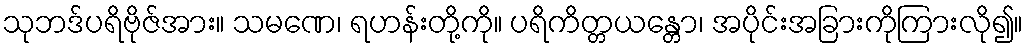
သုဘဒ်ပရိဗိုဇ်အား။ သမဏေ၊ ရဟန်းတို့ကို။ ပရိကိတ္တယန္တော၊ အပိုင်းအခြားကိုကြားလို၍။